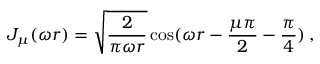
J _ { \mu } ( \omega r ) = \sqrt { \frac { 2 } { \pi \omega r } } \cos ( \omega r - { \frac { \mu \pi } { 2 } } - { \frac { \pi } { 4 } } ) \: , \nonumber